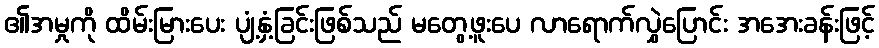
၏အမှုကို ထိမ်းမြားပေး ပျံ့နှံ့ခြင်းဖြစ်သည် မတွေ့ဖူးပေ လာရောက်လွှဲပြောင်း အအေးခန်းဖြင့်